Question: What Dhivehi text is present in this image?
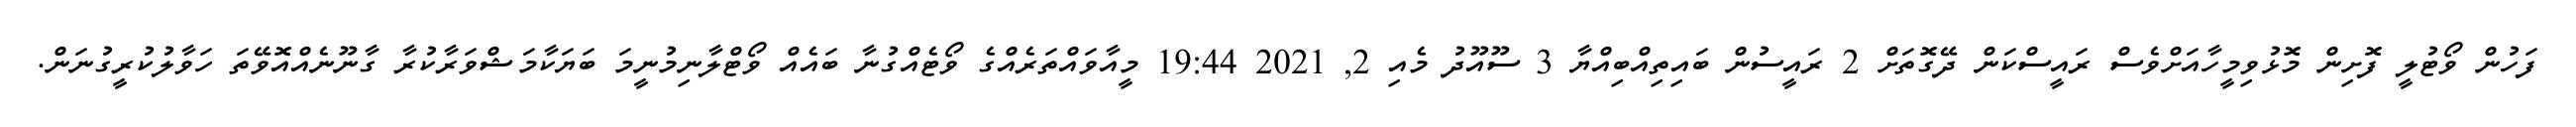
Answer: ފަހުން ވޯޓުލީ ފޮށިން މޮޅުވިމީހާއަށްވެސް ރައީސްކަން ދޭގޮތަށް 2 ރައީސުން ބައިތިއްބިއްޔާ 3 ސޫއޫދު މެއި 2, 2021 19:44 މީއާވައްތަރެއްގެ ވޯޓެއްގުނާ ބައެއް ވޯޓްލާނިމުނީމަ ބަޔަކާމަޝްވަރާކުރާ ގާނޫނެއްއޮވޭތަ ހަވާލުކުރީގުނަން.